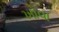
ખોવા